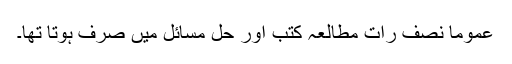
عموماً نصف رات مطالعہ کتب اور حل مسائل میں صرف ہوتا تھا۔